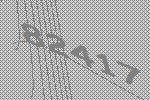
82417